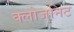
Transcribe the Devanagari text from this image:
क्लोजनिट